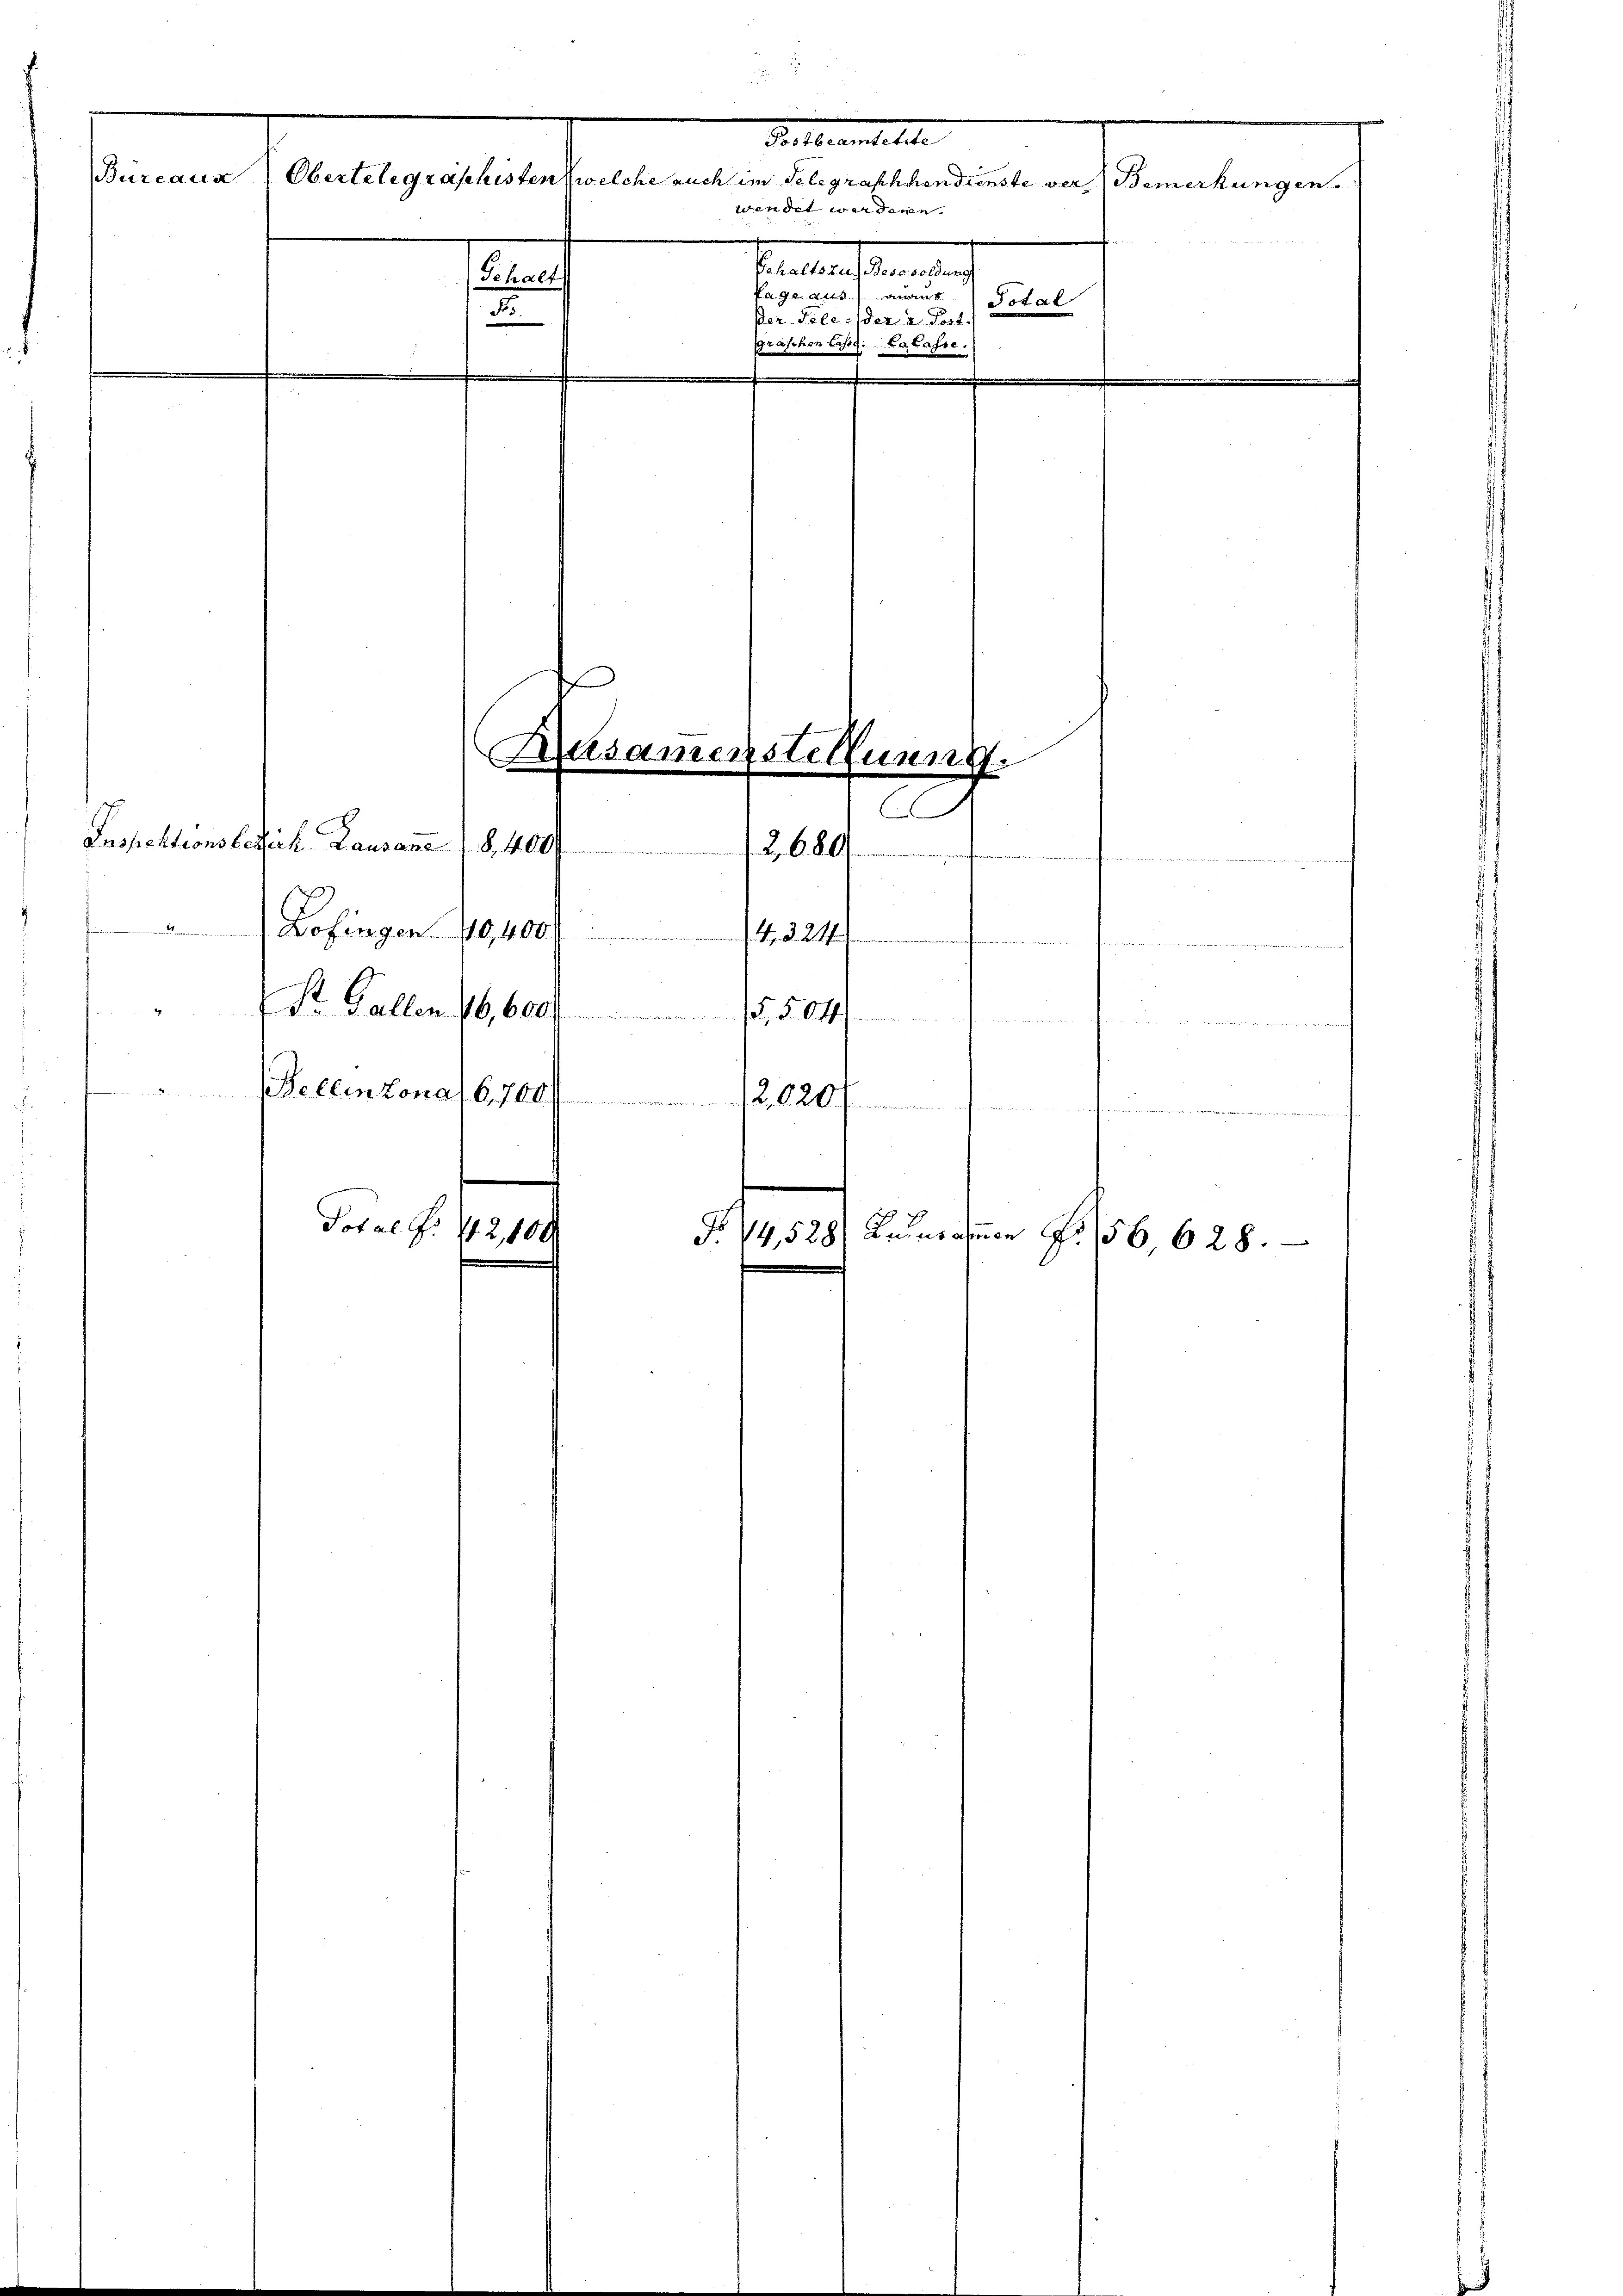
.
Veter andelte
Büreaus
Obertelegraschisten, welche auch im Telegraschhandienste vor Bemerkungen.
wendet werdenen.
Beraten einigen
u
fage aus
anant
Total
3
Der Tele: der 2 Post.
graschon lass. Calasse.

Inspektionsberich, Lausane

Bofingen 40, 400f
Dr. Gallen 16,600

Bellinzona (6,700f
Total S. 412, 100

Z. 680
14324/
15,504/
120201

Alsamenstellung.
C
§. 400

e

F. 74,528) Ausnahmen S. 156 628.